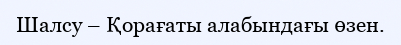
Шалсу – Қорағаты алабындағы өзен.